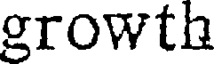
growth